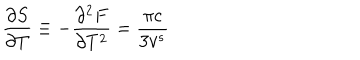
LaTeX: \frac { \partial S } { \partial T } \equiv - \frac { \partial ^ { 2 } F } { \partial T ^ { 2 } } = \frac { \pi c } { 3 v ^ { s } }